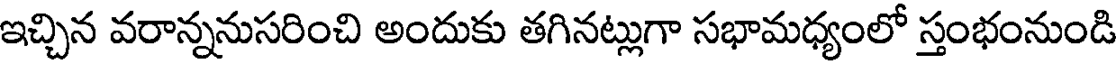
ఇచ్చిన వరాన్ననుసరించి అందుకు తగినట్లుగా సభామధ్యంలో స్తంభంనుండి